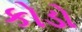
કોડો